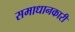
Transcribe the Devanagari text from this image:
समाधानकारी